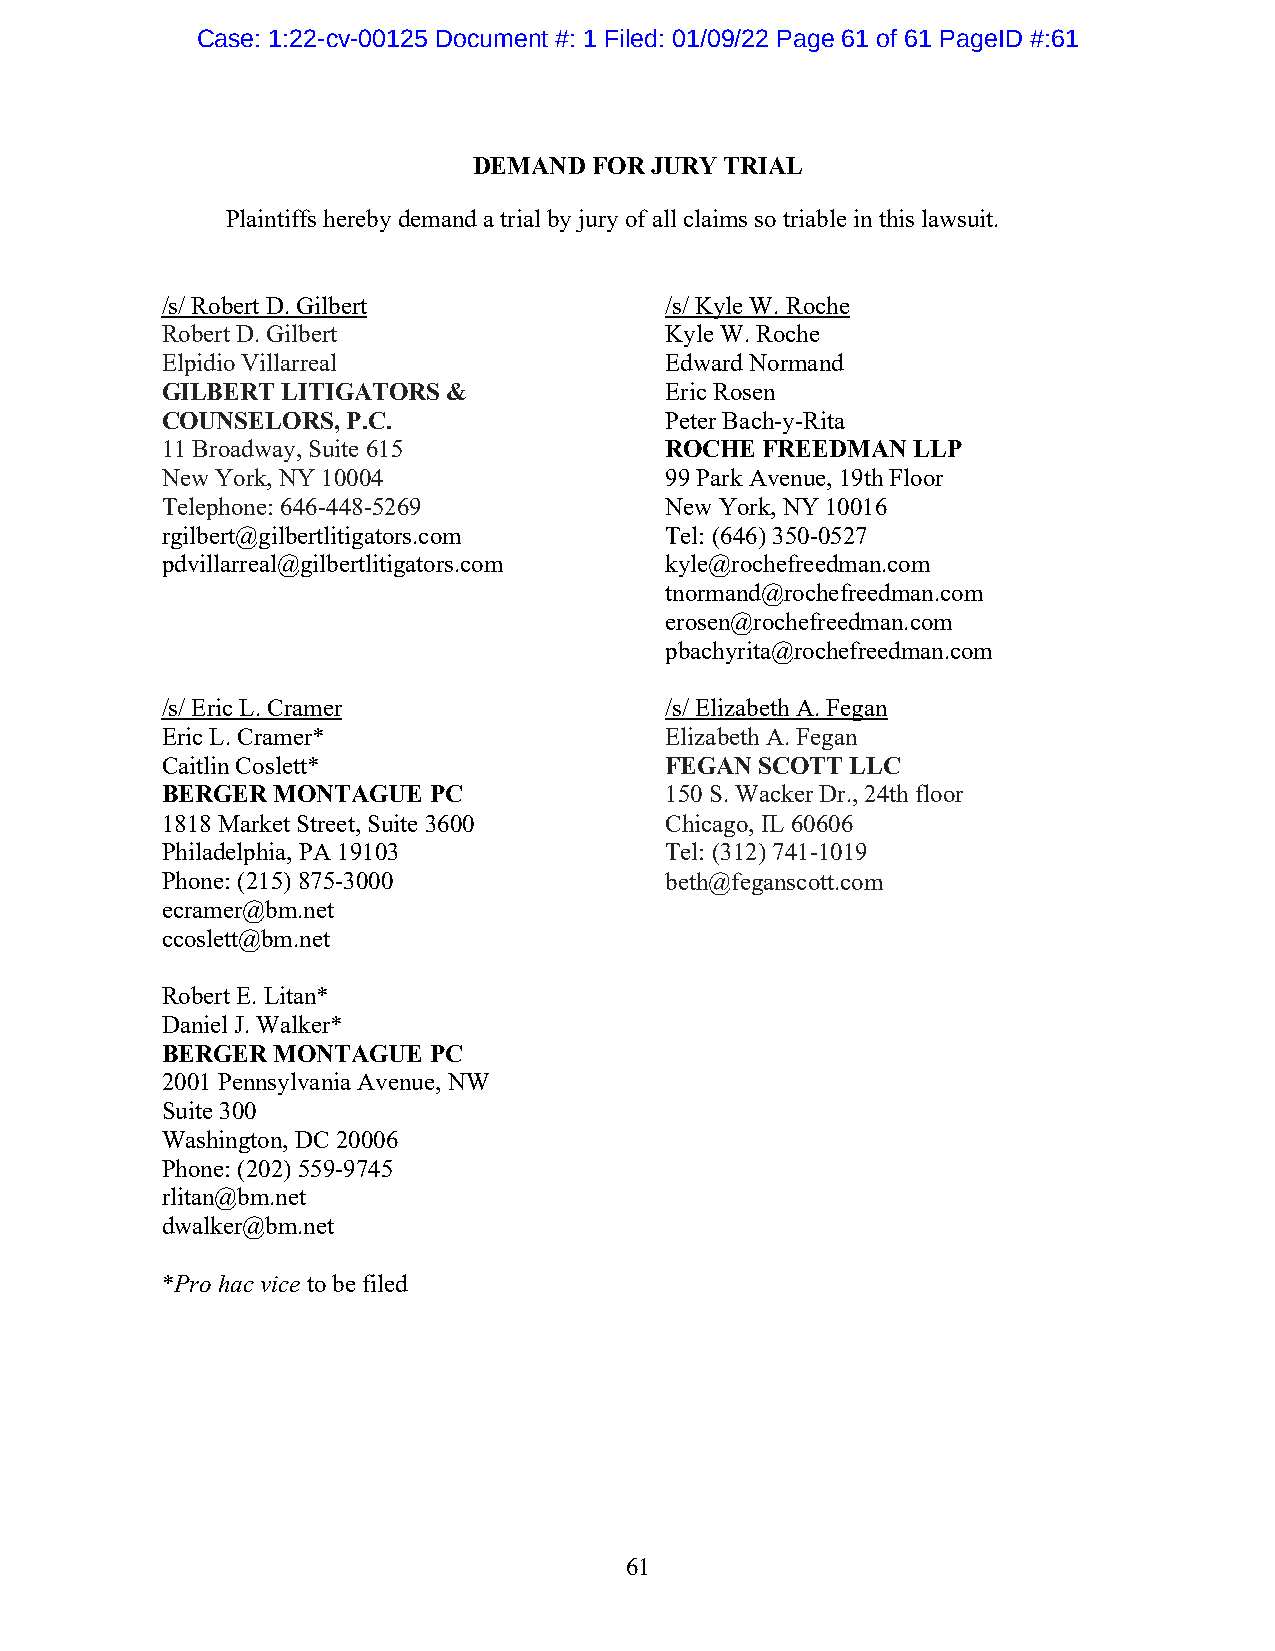
Case: 1:22-cv-00125 Document #: 1 Filed: 01/09/22 Page 61 of 61 PageID #:61
 DEMAND  FOR JURY TRIAL
 Plaintiffs hereby demand a trial by jury of all claims so triable in this lawsuit.
 /s/ Robert D. Gilbert            /s/ Kyle W. Roche
 Robert D. Gilbert                Kyle W. Roche
 Elpidio Villarreal               Edward Normand
 GILBERT LITIGATORS &             Eric Rosen
 COUNSELORS, P.C.                 Peter Bach-y-Rita
 11 Broadway, Suite 615           ROCHE  FREEDMAN LLP
 New York, NY 10004               99 Park Avenue, 19th Floor
 Telephone: 646-448-5269          New York, NY 10016
 rgilbert@gilbertlitigators.com   Tel: (646) 350-0527
 pdvillarreal@gilbertlitigators.com kyle@rochefreedman.com
 tnormand@rochefreedman.com
 erosen@rochefreedman.com
 pbachyrita@rochefreedman.com
 /s/ Eric L. Cramer               /s/ Elizabeth A. Fegan
 Eric L. Cramer*                  Elizabeth A. Fegan
 Caitlin Coslett*                 FEGAN SCOTT LLC
 BERGER MONTAGUE  PC              150 S. Wacker Dr., 24th floor
 1818 Market Street, Suite 3600   Chicago, IL 60606
 Philadelphia, PA 19103           Tel: (312) 741-1019
 Phone: (215) 875-3000            beth@feganscott.com
 ecramer@bm.net
 ccoslett@bm.net
 Robert E. Litan*
 Daniel J. Walker*
 BERGER MONTAGUE  PC
 2001 Pennsylvania Avenue, NW
 Suite 300
 Washington, DC 20006
 Phone: (202) 559-9745
 rlitan@bm.net
 dwalker@bm.net
 *Pro hac vice to be filed
 61